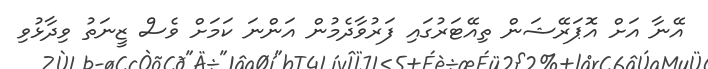
އޭނާ އަށް އޮޕަރޭޝަން ތިއޭޓަރުގައި ފަރުވާދެމުން އަންނަ ކަމަށް ވެސް ޒީނަތު ވިދާޅުވި